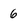
Character: 6